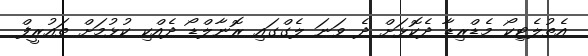
އެތުލެޓިކޯ މެޑްރިޑާ ދެކޮޅަށް ދެ ވަނަ ލެގްގައި ރޮނާލްޑޯ ދެއްކި ކުޅުމަށް ތައުރީފް